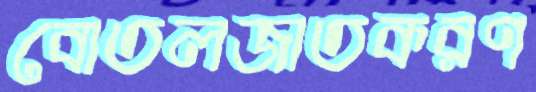
বোতলজাতকরণ